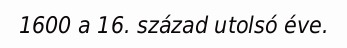
1600 a 16. század utolsó éve.